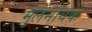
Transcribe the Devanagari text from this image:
मुलनायक